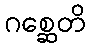
ဂစ္ဆေတိ